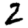
Digit: 2